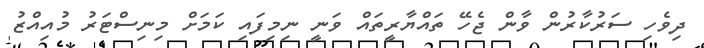
ދިވެހި ސަރުކާރުން ވާން ޖެހޭ ތައްޔާރީތައް ވަނީ ނިމިފައި ކަމަށް މިނިސްޓަރު މުއިއްޒު